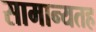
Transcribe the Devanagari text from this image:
सामान्यतह